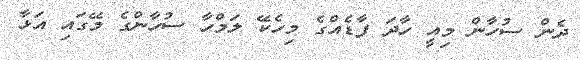
ދެން ސުހާން މިއީ ހާދަ ފާޑެއްގެ މިހެކޭ ލަމްހާ ސުހާންގެ މޭގައި އަޅާ